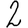
Digit: 2